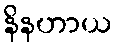
နိနဟာယ